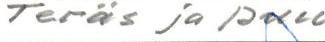
Teräs ja puu